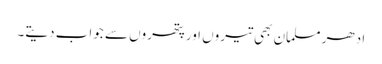
ادھر مسلمان بھی تیروں اور پتھروں سے جواب دیتے۔